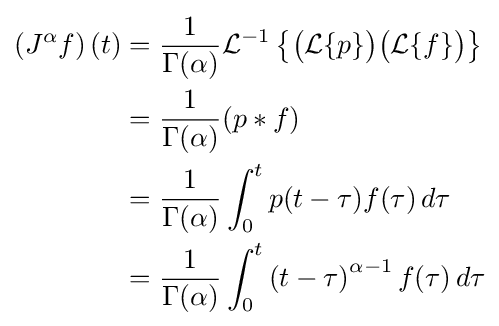
{\begin{aligned}\left(J^{\alpha }f\right)(t)&={\frac {1}{\Gamma (\alpha )}}{\mathcal {L}}^{-1}\left\{{\bigl (}{\mathcal {L}}\{p\}{\bigr )}{\bigl (}{\mathcal {L}}\{f\}{\bigr )}\right\}\\&={\frac {1}{\Gamma (\alpha )}}(p*f)\\&={\frac {1}{\Gamma (\alpha )}}\int _{0}^{t}p(t-\tau )f(\tau )\,d\tau \\&={\frac {1}{\Gamma (\alpha )}}\int _{0}^{t}\left(t-\tau \right)^{\alpha -1}f(\tau )\,d\tau \\\end{aligned}}